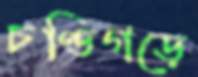
চণ্ডিগড়ে